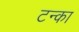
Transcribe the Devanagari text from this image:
टन्का